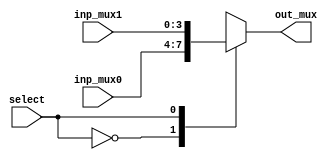
module multiplexer2to1 #(parameter W = 4)
  (
	input [W-1:0] inp_mux0, 
	input [W-1:0] inp_mux1, 
	input [0:0] select, 
	output reg [W-1:0] out_mux
  );
	
	always @(*) 
	begin
		case (select)
			1'b0: out_mux = inp_mux0;
			1'b1: out_mux = inp_mux1;
		endcase
	end
	
endmodule